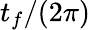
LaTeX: t_{f}/(2\pi)